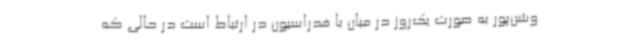
وشن‌پور به صورت یک‌روز در میان با فدراسیون در ارتباط است در حالی که